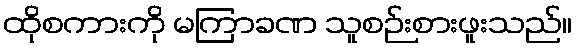
ထိုစကားကို မကြာခဏ သူစဉ်းစားဖူးသည်။